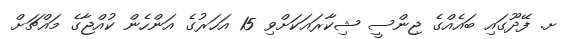
ށ. ފޭދޫގައި ބައެއްގެ ޖިންސީ ޝިކާރައަކަށްވި 15 އަހަރުގެ އަންހެން ކުއްޖާގެ މައްޗަށް